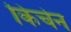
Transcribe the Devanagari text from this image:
किर्चेन